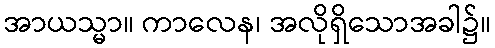
အာယသ္မာ။ ကာလေန၊ အလိုရှိသောအခါ၌။